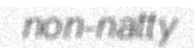
non-natty